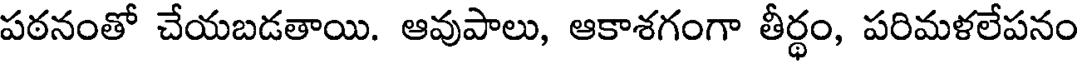
పఠనంతో చేయబడతాయి. ఆవుపాలు, ఆకాశగంగా తీర్థం, పరిమళలేపనం